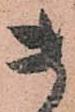
貴